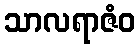
သာလရာဇံဝ